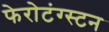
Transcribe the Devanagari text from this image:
फेरोटंग्स्टन